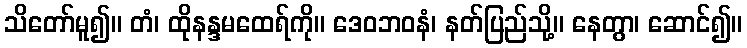
သိတော်မူ၍။ တံ၊ ထိုနန္ဒမထေရ်ကို။ ဒေဝဘဝနံ၊ နတ်ပြည်သို့။ နေတွာ၊ ဆောင်၍။